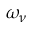
\omega _ { \nu }